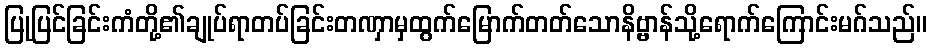
ပြုပြင်ခြင်းကံတို့၏ချုပ်ရာတပ်ခြင်းတဏှာမှထွက်မြောက်တတ်သောနိဗ္ဗာန်သို့ရောက်ကြောင်းမဂ်သည်။